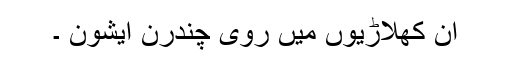
ان کھلاڑیوں میں روی چندرن ایشون ۔